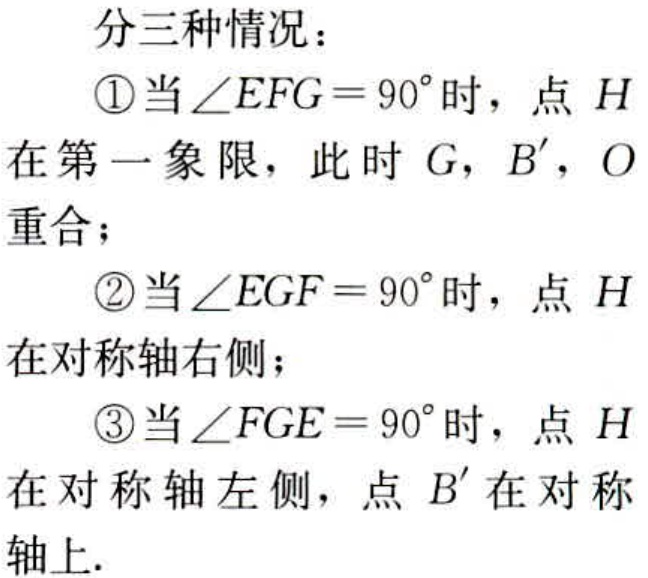
分三种情况：
\textcircled{1}当\(\angle EFG = 90^{\circ}\)时，点 \(H\)在第一象限，此时 \(G\)，\(B'\)，\(O\)重合；
\textcircled{2}当\(\angle EGF = 90^{\circ}\)时，点 \(H\)在对称轴右侧；
\textcircled{3}当\(\angle FGE = 90^{\circ}\)时，点 \(H\)在对称轴左侧，点 \(B'\)在对称轴上.